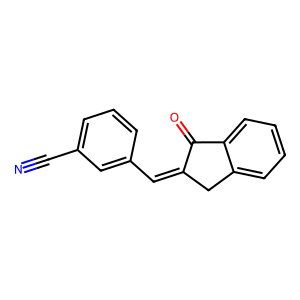
SMILES: N#Cc1cccc(C=C2Cc3ccccc3C2=O)c1
Inhibits HIV replication: No